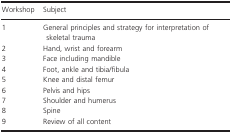
| Workshop | Subject |
 | --- | --- |
 | 1 | General principles and strategy for interpretation of skeletal trauma |
 | 2 | Hand, wrist and forearm |
 | 3 | Face including mandible |
 | 4 | Foot, ankle and tibia/fibula |
 | 5 | Knee and distal femur |
 | 6 | Pelvis and hips |
 | 7 | Shoulder and humerus |
 | 8 | Spine |
 | 9 | Review of all content |